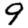
Digit: 9